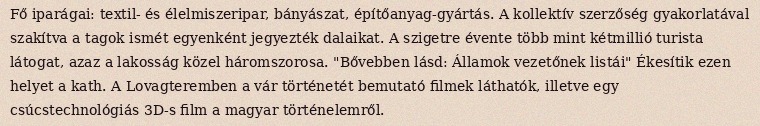
Fő iparágai: textil- és élelmiszeripar, bányászat, építőanyag-gyártás. A kollektív szerzőség gyakorlatával szakítva a tagok ismét egyenként jegyezték dalaikat. A szigetre évente több mint kétmillió turista látogat, azaz a lakosság közel háromszorosa. "Bővebben lásd: Államok vezetőnek listái" Ékesítik ezen helyet a kath. A Lovagteremben a vár történetét bemutató filmek láthatók, illetve egy csúcstechnológiás 3D-s film a magyar történelemről.